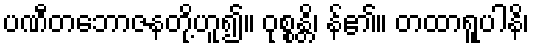
ပဏီတဘောဇနတို့ဟူ၍။ ဝုစ္စန္တိ၊ န်၏။ တထာရူပါနိ၊